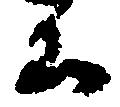
公